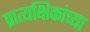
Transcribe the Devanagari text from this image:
प्रात्यक्षिकांच्या